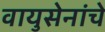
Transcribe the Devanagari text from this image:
वायुसेनांचे